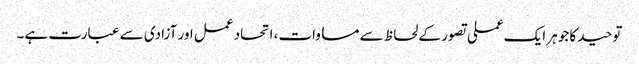
توحید کا جوہر ایک عملی تصور کے لحاظ سے مساوات، اتحاد عمل اور آزادی سے عبارت ہے۔